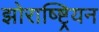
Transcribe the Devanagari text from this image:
झोराष्ष्ट्रियन